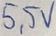
Text: 5,5V